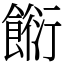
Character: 餰